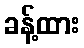
ခန့်ထား